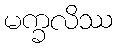
မက္ခလိဿ